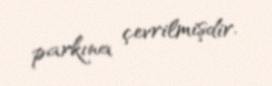
parkına çevrilmişdir.